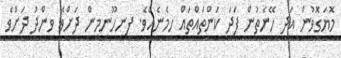
މޮޔަގޮވުން އަދި ހޭނެތުން ފަދަ ކަންތައްތައް ހިމެނެއެވެ. ފިނިހޫނިމިން ދަށްވެ ވިންދު ދަށްވެ